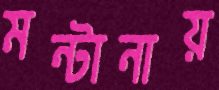
মন্টানায়